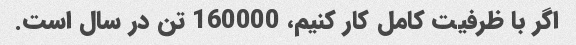
اگر با ظرفیت کامل کار کنیم، 160000 تن در سال است.